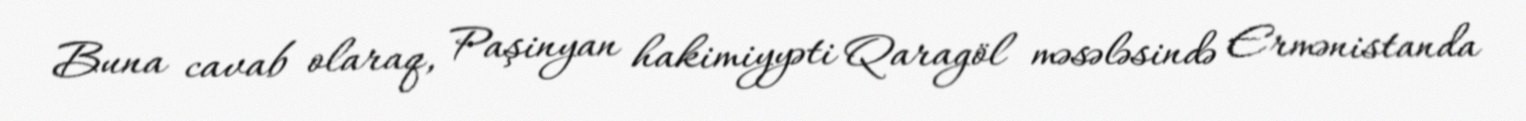
Buna cavab olaraq, Paşinyan hakimiyyəti Qaragöl məsələsində Ermənistanda